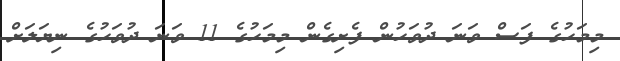
މިމަހުގެ ފަސް ވަނަ ދުވަހުން ފެށިގެން މިމަހުގެ 11 ވަނަ ދުވަހުގެ ނިޔަލަށް